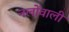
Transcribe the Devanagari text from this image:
नलोंवाली